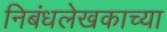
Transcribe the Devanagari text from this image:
निबंधलेखकाच्या